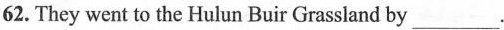
62. They went to the Hulun Buir Grassland by___.